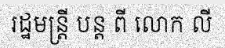
រដ្ឋមន្ត្រី បន្ត ពី លោក លី